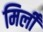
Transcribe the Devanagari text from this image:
मिलीँ